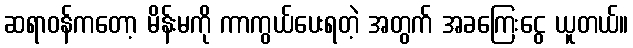
ဆရာဝန်ကတော့ မိန်းမကို ကာကွယ်ပေးရတဲ့ အတွက် အခကြေးငွေ ယူတယ်။